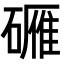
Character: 𬒡